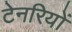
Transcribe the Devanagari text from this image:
टेनरियों